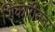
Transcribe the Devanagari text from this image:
शिकारीनंतर